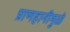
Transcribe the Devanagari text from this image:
प्राणहानीमुळे